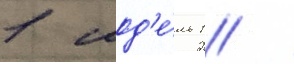
1 мод'е́ль 1 /